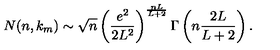
N ( n , k _ { m } ) \sim \sqrt { n } \left( \frac { e ^ { 2 } } { 2 L ^ { 2 } } \right) ^ { \frac { n L } { L + 2 } } \Gamma \left( n \frac { 2 L } { L + 2 } \right) .